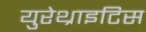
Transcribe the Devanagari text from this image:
युरेथ्राइटिस